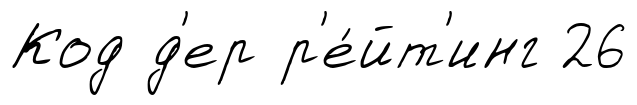
Код д'ер р'е́йт'инг 26